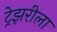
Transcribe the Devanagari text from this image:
ट्रेझरीला